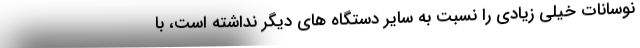
نوسانات خیلی زیادی را نسبت به سایر دستگاه های دیگر نداشته است، با